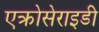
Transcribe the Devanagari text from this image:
एक्रोसेराइडी